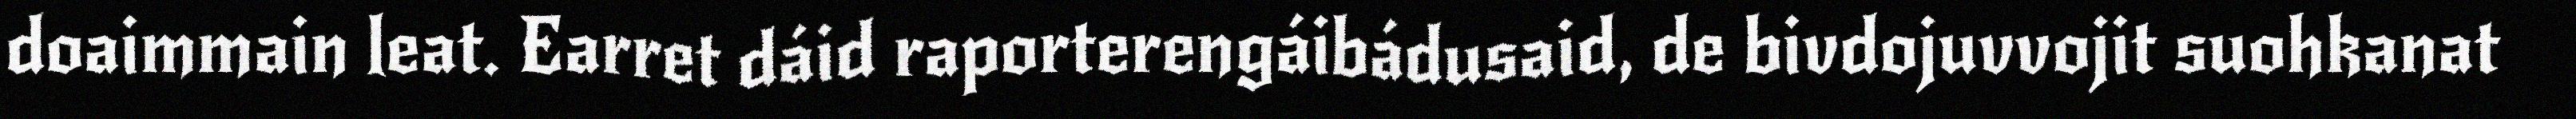
doaimmain leat. Earret dáid raporterengáibádusaid, de bivdojuvvojit suohkanat